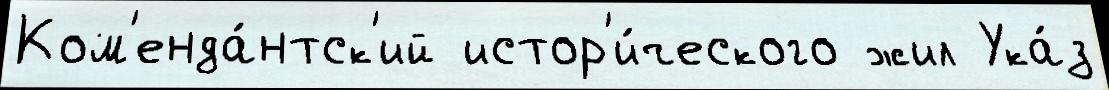
Ком'енда́нтск'ий истор'и́ческого жил Ука́з